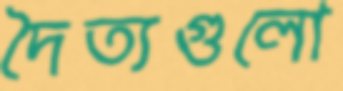
দৈত্যগুলো